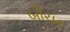
બીચર